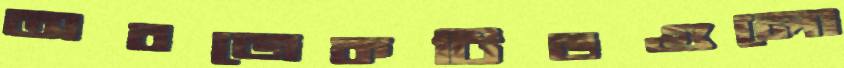
অবজেকটিভগুলো